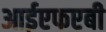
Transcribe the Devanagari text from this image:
आईएफएबी